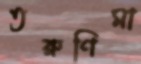
তরুণিমা